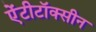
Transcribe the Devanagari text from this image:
ऐंटीटॉक्सीन